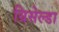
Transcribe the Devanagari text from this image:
ग्रिसेल्डा